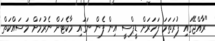
"ރާއްޖޭގައި ފުރަތަމަ ފަހަރަށް ޑީޕްސީ އިން ފެން ނަގައި މާކެޓަށް ނެރުމަށް މަސައްކަތް